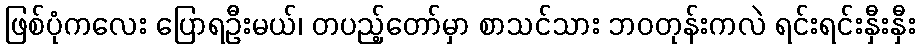
ဖြစ်ပုံကလေး ပြောရဦးမယ်၊ တပည့်တော်မှာ စာသင်သား ဘဝတုန်းကလဲ ရင်းရင်းနှီးနှီး